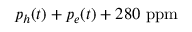
p _ { h } ( t ) + p _ { e } ( t ) + 2 8 0 ~ \mathrm { p p m }